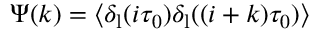
\Psi ( k ) = \langle \delta _ { \mathrm { l } } ( i \tau _ { 0 } ) \delta _ { \mathrm { l } } ( ( i + k ) \tau _ { 0 } ) \rangle